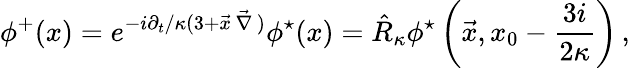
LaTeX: \phi^{+}(x)=e^{-{i\partial_{t}/\kappa}(3+\vec{x}\, \vec{\nabla}\, )}\phi^{\star}(x)=\hat{R}_{\kappa}\phi^{\star}\left(\vec{x},x_{0}-{\frac{3i}{2\kappa}}\right)\, ,